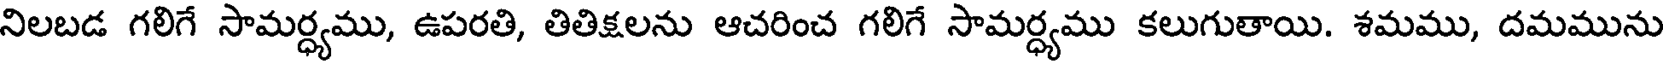
నిలబడ గలిగే సామర్ధ్యము, ఉపరతి, తితిక్షలను ఆచరించ గలిగే సామర్ధ్యము కలుగుతాయి. శమము, దమమును